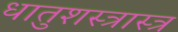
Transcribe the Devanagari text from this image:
धातुशस्त्रास्त्र